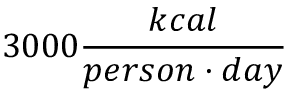
3 0 0 0 \frac { k c a l } { p e r s o n \cdot d a y }